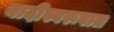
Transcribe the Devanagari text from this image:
यादीस्वरूपात